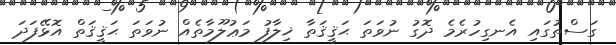
ގަސްތުގައި އެނގިހުރެމެ ދޮގު ނުވަތަ ޙަޤީޤަތާ ޚިލާފު މަޢުލޫމާތެއް ނުވަތަ ޙަޤީޤަތް އޮޅޭފަދަ